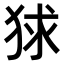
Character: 𤞰